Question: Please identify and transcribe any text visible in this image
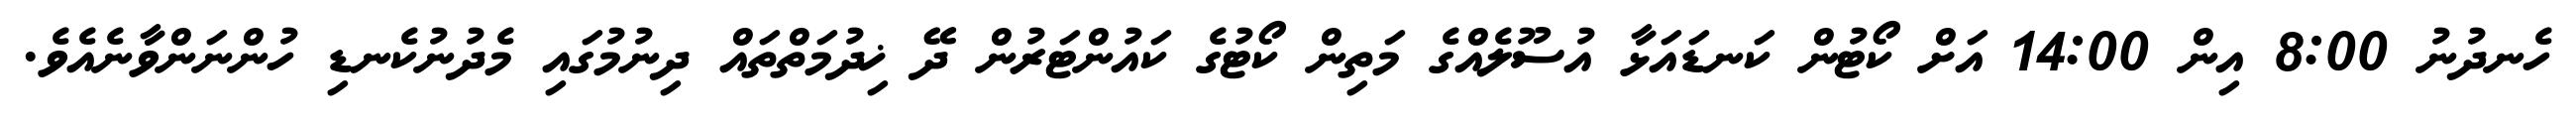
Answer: ހެނދުނު 8:00 އިން 14:00 އަށް ކޯޓުން ކަނޑައަޅާ އުސޫލެއްގެ މަތިން ކޯޓުގެ ކައުންޓަރުން ދޭ ޚިދުމަތްތައް ދިނުމުގައި މެދުނުކެނޑި ހުންނަންވާނެއެވެ.